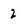
Character: 2